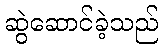
ဆွဲဆောင်ခဲ့သည်